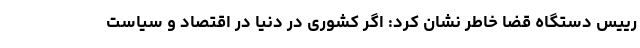
رییس دستگاه قضا خاطر نشان کرد: اگر کشوری در دنیا در اقتصاد و سیاست